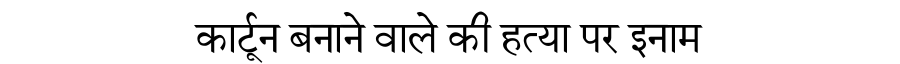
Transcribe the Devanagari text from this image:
कार्टून बनाने वाले की हत्या पर इनाम